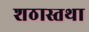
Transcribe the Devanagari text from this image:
शठास्तथा